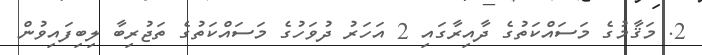
2. މަޤާމުގެ މަސައްކަތުގެ ދާއިރާގައި 2 އަހަރު ދުވަހުގެ މަސައްކަތުގެ ތަޖުރިބާ ލިބިފައިވުން